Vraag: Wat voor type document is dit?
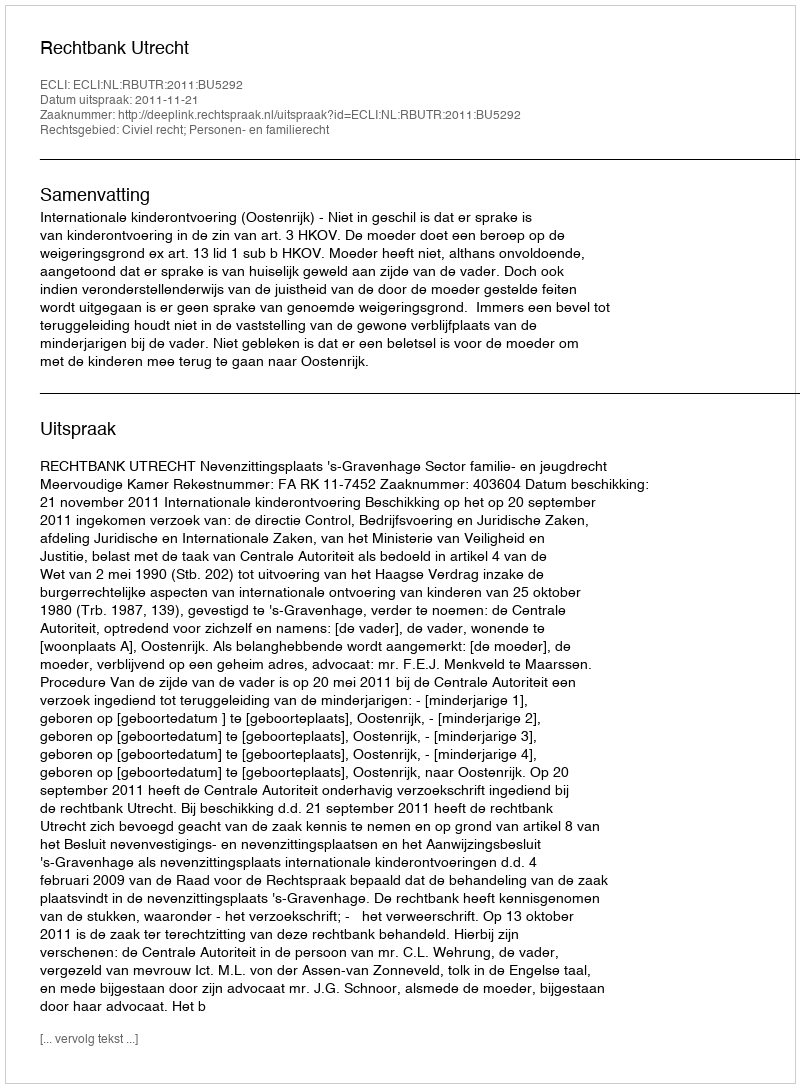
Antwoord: Uitspraak